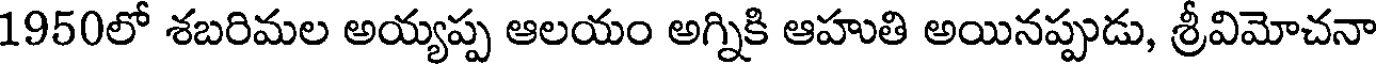
1950లో శబరిమల అయ్యప్ప ఆలయం అగ్నికి ఆహుతి అయినప్పుడు, శ్రీవిమోచనా